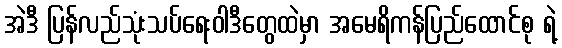
အဲဒီ ပြန်လည်သုံးသပ်ရေးဝါဒီတွေထဲမှာ အမေရိကန်ပြည်ထောင်စု ရဲ့